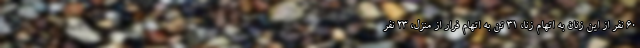
۶۰ نفر از این زنان به اتهام زنا، ۳۱ تن به اتهام فرار از منزل، ۲۳ نفر